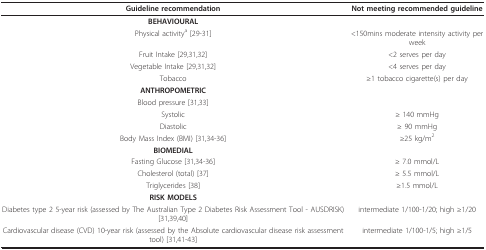
<table><thead><tr><td><b>Guideline recommendation</b></td><td><b>Not meeting recommended guideline</b></td></tr></thead><tbody><tr><td><b>BEHAVIOURAL</b></td><td></td></tr><tr><td>Physical activity<sup>a </sup>[29-31]</td><td>&lt;150mins moderate intensity activity per week</td></tr><tr><td>Fruit Intake [29,31,32]</td><td>&lt;2 serves per day</td></tr><tr><td>Vegetable Intake [29,31,32]</td><td>&lt;4 serves per day</td></tr><tr><td>Tobacco</td><td>≥1 tobacco cigarette(s) per day</td></tr><tr><td><b>ANTHROPOMETRIC</b></td><td></td></tr><tr><td>Blood pressure [31,33]</td><td></td></tr><tr><td>Systolic</td><td>≥ 140 mmHg</td></tr><tr><td>Diastolic</td><td>≥ 90 mmHg</td></tr><tr><td>Body Mass Index (BMI) [31,34-36]</td><td>≥25 kg/m<sup>2</sup></td></tr><tr><td><b>BIOMEDIAL</b></td><td></td></tr><tr><td>Fasting Glucose [31,34-36]</td><td>≥ 7.0 mmol/L</td></tr><tr><td>Cholesterol (total) [37]</td><td>≥ 5.5 mmol/L</td></tr><tr><td>Triglycerides [38]</td><td>≥1.5 mmol/L</td></tr><tr><td><b>RISK MODELS</b></td><td></td></tr><tr><td>Diabetes type 2 5-year risk (assessed by The Australian Type 2 Diabetes Risk Assessment Tool - AUSDRISK) [31,39,40]</td><td>intermediate 1/100-1/20; high ≥1/20</td></tr><tr><td>Cardiovascular disease (CVD) 10-year risk (assessed by the Absolute cardiovascular disease risk assessment tool) [31,41-43]</td><td>intermediate 1/100-1/5; high ≥1/5</td></tr></tbody></table>